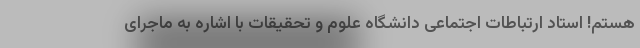
هستم! استاد ارتباطات اجتماعی دانشگاه علوم و تحقیقات با اشاره به ماجرای